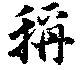
称